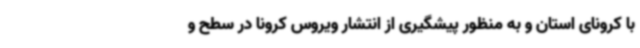
با کرونای استان و به منظور پیشگیری از انتشار ویروس کرونا در سطح و